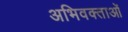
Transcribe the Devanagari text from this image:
अभिवक्ताओं